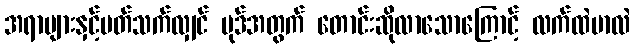
အရာများနှင့်ပတ်သက်လျှင် မုဒ်အတွက် တောင်းဆိုလာသောကြောင့် လက်ထဲမာလဲ